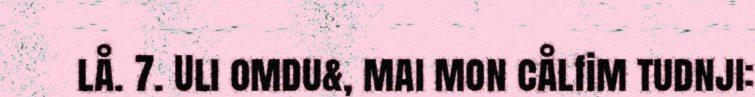
lå. 7. Uli omdu&, mai mon cålfim tudnji: